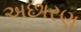
અછારણ